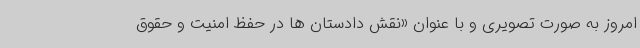
امروز به صورت تصویری و با عنوان «نقش دادستان ها در حفظ امنیت و حقوق